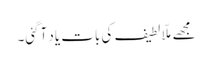
مجھے ملّا لطیف کی بات یاد آگئی۔